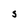
Character: S